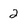
Character: 2